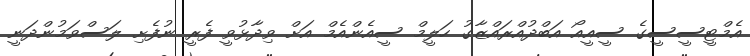
އެމްޓީސީސީގެ ސީއީއޯ އަބްދުއްރައްޒާގު ހަލީމް ސީއެންއެމް އަށް ވިދާޅުވީ ފެރީ ނުފެށި ލަސްވަމުންދަނީ